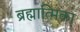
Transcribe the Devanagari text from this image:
ब्रह्मात्मिका